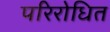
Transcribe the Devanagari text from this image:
परिरोधित